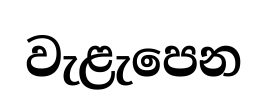
වැළැපෙන